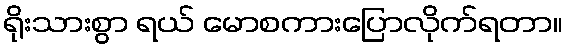
ရိုးသားစွာ ရယ် မောစကားပြောလိုက်ရတာ။